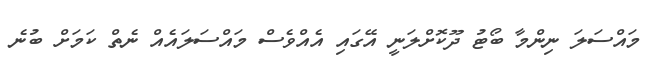
މައްސަލަ ނިންމާ ބޯޓު ދޫކޮށްލަނީ އޭގައި އެއްވެސް މައްސަލައެއް ނެތް ކަމަށް ބުނެ